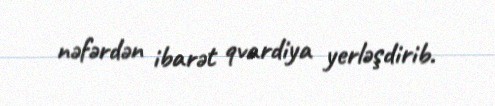
nəfərdən ibarət qvardiya yerləşdirib.